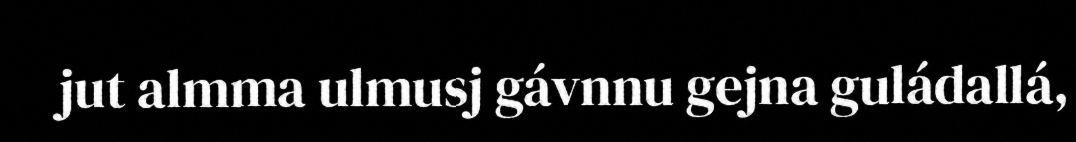
jut almma ulmusj gávnnu gejna guládallá,